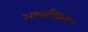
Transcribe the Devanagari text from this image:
अश्वविक्रय